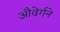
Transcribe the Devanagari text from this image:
औवेर्गने